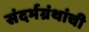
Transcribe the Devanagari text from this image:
संदर्भग्रंथांची